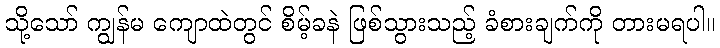
သို့သော် ကျွန်မ ကျောထဲတွင် စိမ့်ခနဲ ဖြစ်သွားသည့် ခံစားချက်ကို တားမရပါ။